Advisory Committee for Juvenile Employment, 1930
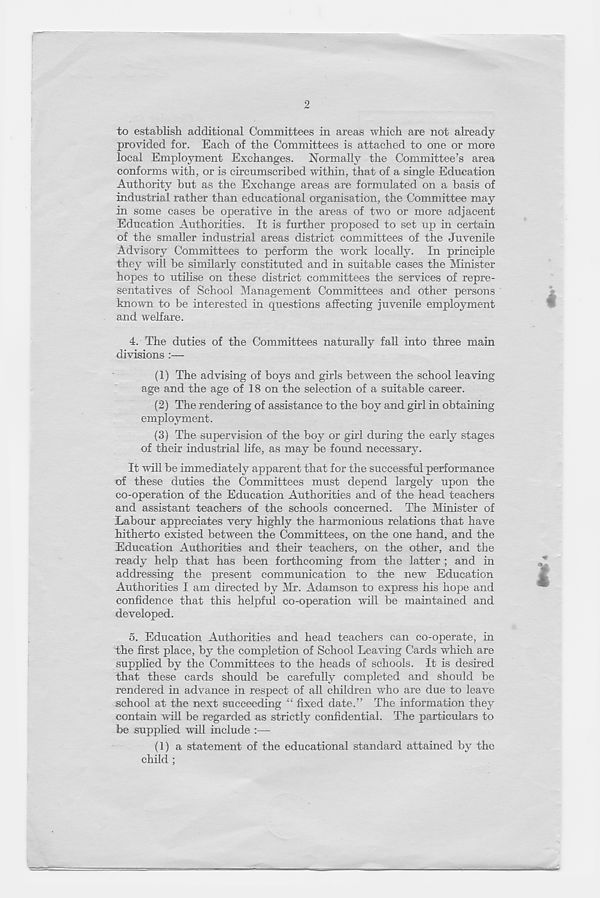
9
to establish additional Committees in areas which are not already
provided for. Each of the Committees is attached to one or more
local Employment Exchanges. Normally the Committee’s area
conforms with, or is circumscribed within, that of a single Education
Authority but as the Exchange areas are formulated on a basis of
industrial rather than educational organisation, the Committee may
in some cases be operative in the areas of two or more adjacent
Education Authorities. It is further proposed to set up in certain
of the smaher industrial areas district committees of the Juvenile
Advisory Committees to perform the work locally. In principle
they will be similarly constituted and in suitable cases the Minister
hopes to utihse on these district committees the services of repre-
sentatives of School Management Committees and other persons
known to be interested in questions affecting juvenile employment
and welfare.
4. The duties of the Committees naturally fall into three main
divisions :—
(1) The advising of boys and girls between the school leaving
age and the age of 18 on the selection of a suitable career.
(2) The rendering of assistance to the boy and girl in obtaining
employment.
(3) The supervision of the boy or girl during the early stages
of their industrial life, as may be found necessary.
It will be immediately apparent that for the successful performance
of these duties the Committees must depend largely upon the
co-operation of the Education Authorities and of the head teachers
and assistant teachers of the schools concerned. The Minister of
Labour appreciates very highly the harmonious relations that have
hitherto existed between the Committees, on the one hand, and the
Education Authorities and their teachers, on the other, and the
ready help that has been forthcoming from the latter ; and in
addressing the present communication to the new Education
Authorities I am directed by Mr. Adamson to express his hope and
confidence that this helpful co-operation will be maintained and
developed.
5. Education Authorities and head teachers can co-operate, in
the first place, by the completion of School Leaving Cards which are
supplied by the Committees to the heads of schools. It is desired
that these cards should be carefully completed and should be
rendered in advance in respect of all children who are due to leave
school at the next succeeding “ fixed date.” The information they
contain will be regarded as strictly confidential. The particulars to
be supplied will include :—
(1) a statement of the educational standard attained by the
child ;